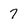
Character: 7